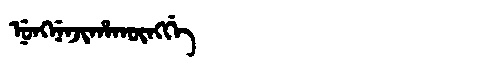
Manchu: ᠨᡠᠩᠨᡝᠨᠵᡳᡥᠠᡴᡡᠩᡤᡝ
Romanization: NUNGNENJIHAKŪNGGE